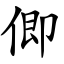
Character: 㑡